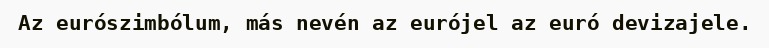
Az eurószimbólum, más nevén az eurójel az euró devizajele.